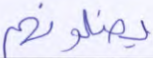
يضلونهم